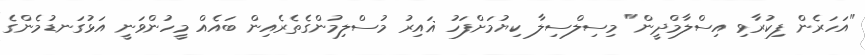
"އަހަރެން ފިކުރާވި އިސްލާމްދީން" މިސިލްސިލާ ކިޔުމަށްފަހު ޣައިރު މުސްލިމުންގެތެރެއިން ބައެއް މީހުންވަނީ އަޅުގަނޑުމެންގެ